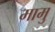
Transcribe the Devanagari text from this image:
मामु